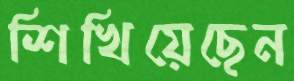
শিখিয়েছেন